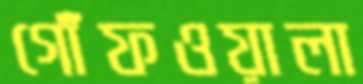
গোঁফওয়ালা